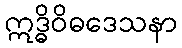
ဣဒ္ဓိဝိဓဒေသနာ